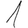
Digit: 1